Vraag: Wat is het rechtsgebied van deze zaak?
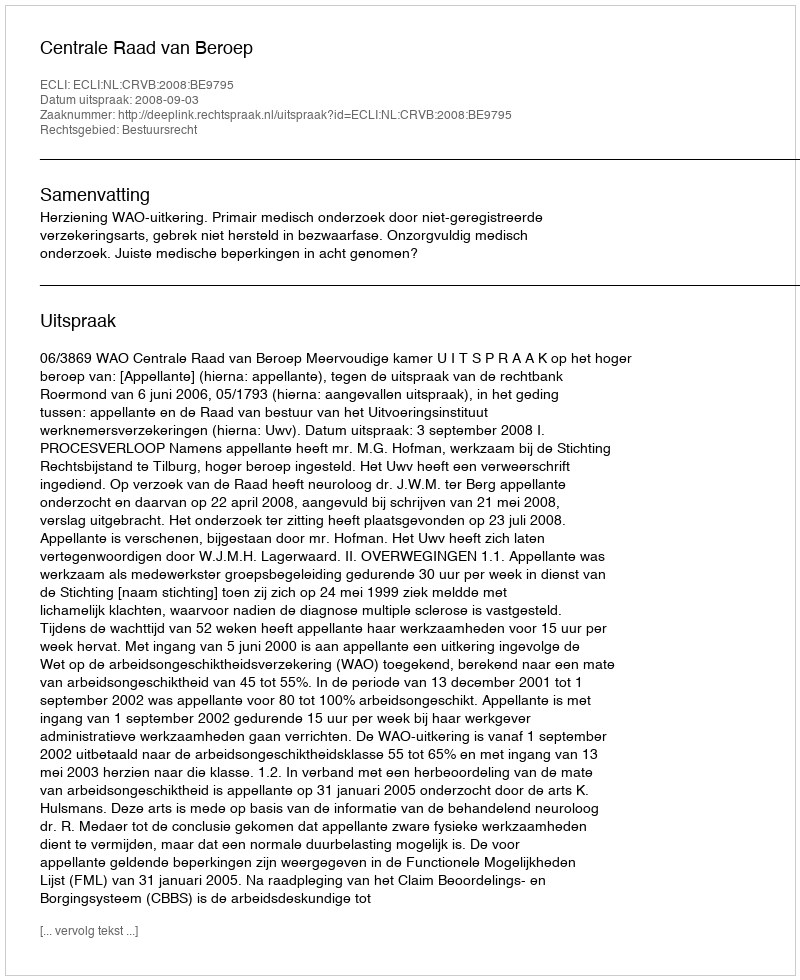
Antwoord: Bestuursrecht